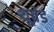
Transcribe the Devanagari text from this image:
थ्रूब्रेड